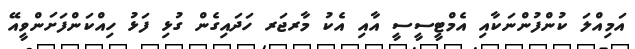
އަމިއްލަ ކުންފުންނަކާއި އެމްޓީސީސީ އާއި އެކު މާރޖަރ ހަދައިގެން ގުޅި ފަޅު ހިއްކަންފަށަންވީއޭ